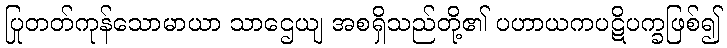
ပြုတတ်ကုန်သောမာယာ သာဌေယျ အစရှိသည်တို့၏ ပဟာယကပဋိပက္ခဖြစ်၍